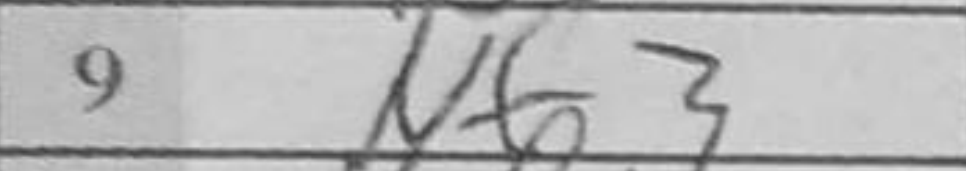
Transcription: Nf3